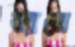
জানে